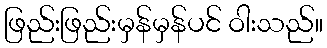
ဖြည်းဖြည်းမှန်မှန်ပင် ဝါးသည်။